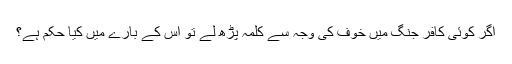
اگر کوئی کافر جنگ میں خوف کی وجہ سے کلمہ پڑھ لے تو اس کے بارے میں کیا حکم ہے؟